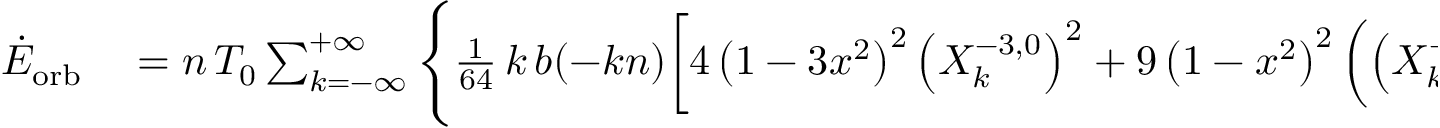
\begin{array} { r l } { \dot { E } _ { \mathrm { o r b } } } & { { } = n \, { \cal T } _ { 0 } \sum _ { k = - \infty } ^ { + \infty } \Bigg \{ \frac { 1 } { 6 4 } \, k \, b ( - k n ) \bigg [ 4 \left( 1 - 3 x ^ { 2 } \right) ^ { 2 } \left( X _ { k } ^ { - 3 , 0 } \right) ^ { 2 } + 9 \left( 1 - x ^ { 2 } \right) ^ { 2 } \left( \left( X _ { k } ^ { - 3 , - 2 } \right) ^ { 2 } + \left( X _ { k } ^ { - 3 , 2 } \right) ^ { 2 } \right) \bigg ] } \end{array}